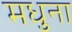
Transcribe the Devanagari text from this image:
मधुना